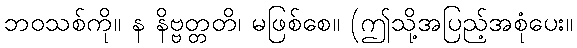
ဘဝသစ်ကို။ န နိဗ္ဗတ္တတိ၊ မဖြစ်စေ။ (ဤသို့အပြည့်အစုံပေး။